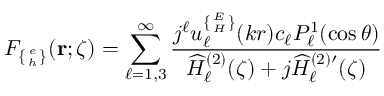
F _ { \{ { e \atop h } \} } ( { \bf r } ; \zeta ) = \sum _ { \ell = 1 , 3 } ^ { \infty } \frac { j ^ { \ell } u _ { \ell } ^ { \{ { E \atop H } \} } ( k r ) c _ { \ell } P _ { \ell } ^ { 1 } ( \cos \theta ) } { \widehat { H } _ { \ell } ^ { ( 2 ) } ( \zeta ) + j \widehat { H } _ { \ell } ^ { ( 2 ) \prime } ( \zeta ) }